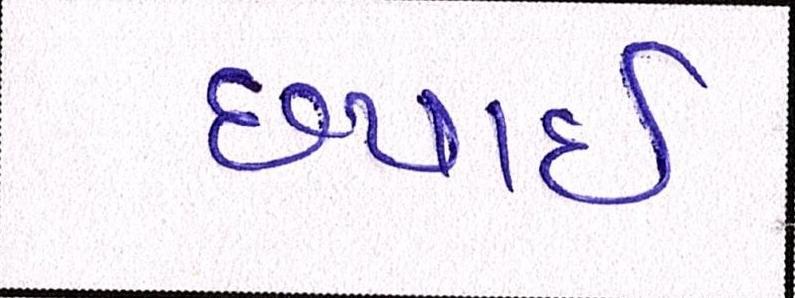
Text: છપાઈ